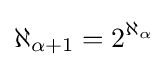
\aleph _{\alpha +1}=2^{\aleph _{\alpha }}